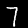
Digit: 7